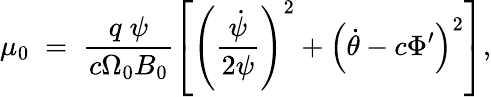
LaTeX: \mu_{0}\; =\; \frac{q\; \psi}{c\Omega_{0}B_{0}}\left[\left(\frac{\dot{\psi}}{2\psi}\right)^{2}+\left(\dot{\theta}-c\Phi^{\prime}\right)^{2}\right],